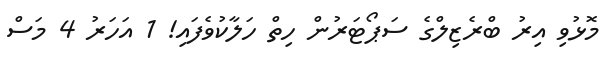
މޮޅުވި އިރު ބްރެޒިލްގެ ސަޕޯޓަރުން ހިތް ހަލާކުވެފައި! 1 އަހަރު 4 މަސް